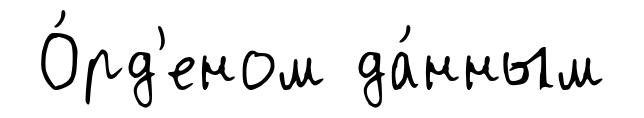
О́рд'еном да́нным